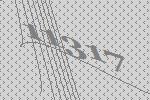
11317